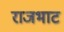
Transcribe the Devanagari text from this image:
राजभाट